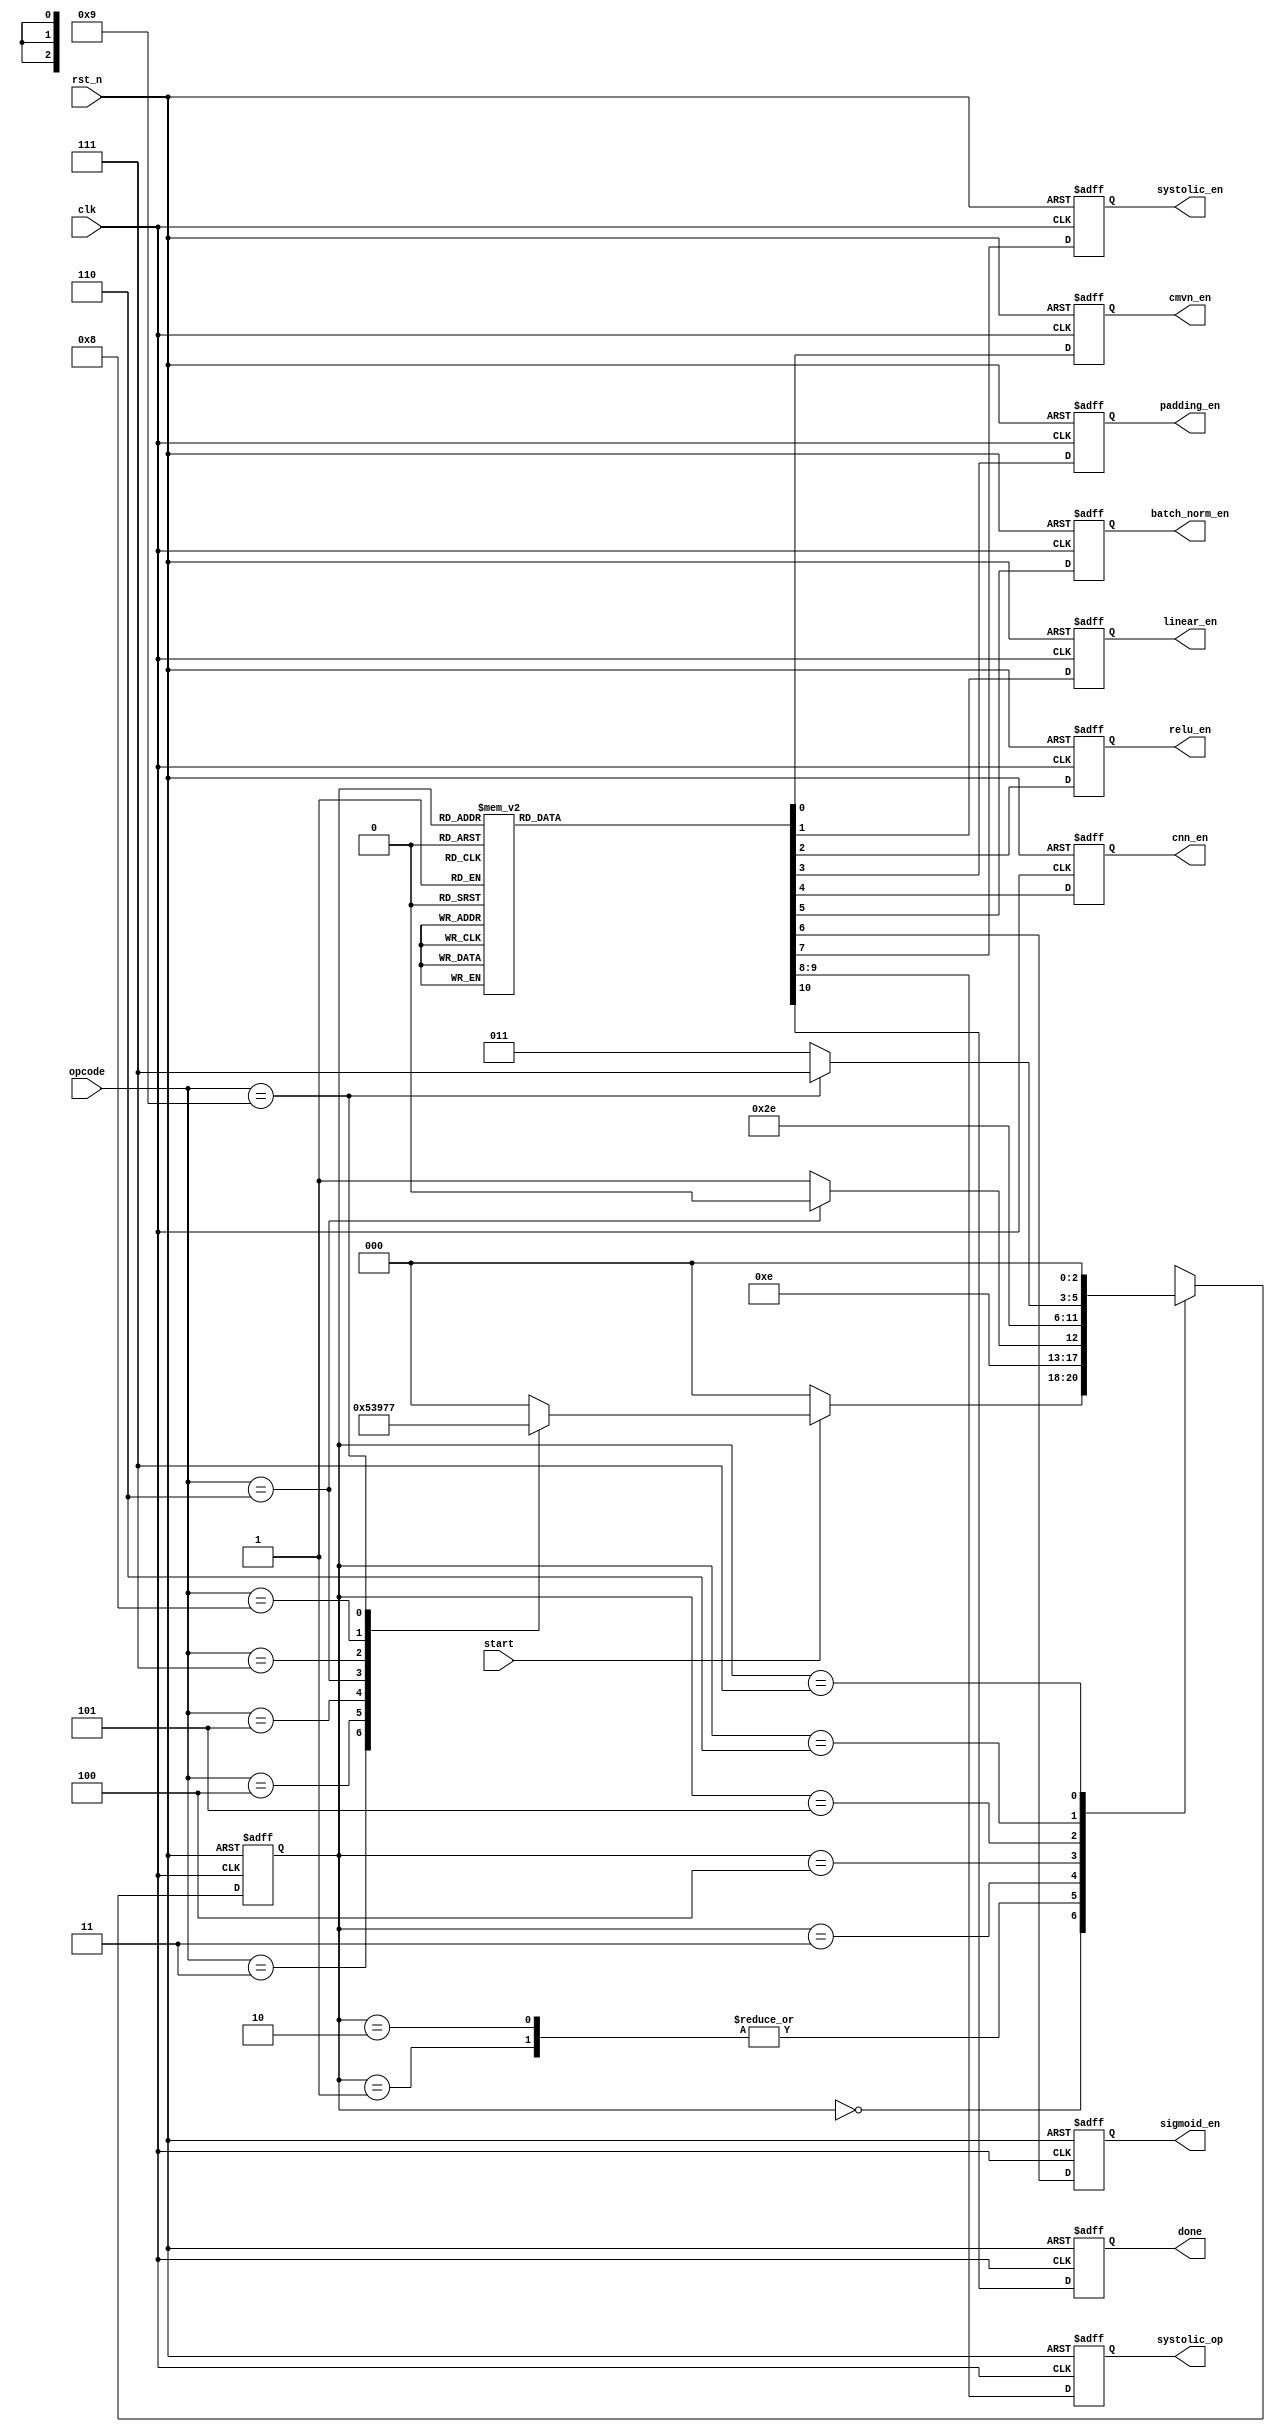
module kws_fsm (
  input wire clk,
  input wire rst_n,
  input wire start,
  input wire [3:0] opcode,
  output reg cmvn_en,
  output reg linear_en,
  output reg relu_en,
  output reg padding_en,
  output reg cnn_en,
  output reg batch_norm_en,
  output reg sigmoid_en,
  output reg systolic_en,
  output reg [1:0] systolic_op,
  output reg done
);

  // FSM states
  localparam IDLE = 3'b000;
  localparam CMVN = 3'b001;
  localparam LINEAR = 3'b010;
  localparam RELU = 3'b011;
  localparam PADDING = 3'b100;
  localparam CNN = 3'b101;
  localparam BATCH_NORM = 3'b110;
  localparam SIGMOID = 3'b111;

  reg [2:0] current_state;
  reg [2:0] next_state;

  // State transition logic
  always @(posedge clk or negedge rst_n) begin
    if (!rst_n) begin
      current_state <= IDLE;
    end else begin
      current_state <= next_state;
    end
  end

  // Next state logic
  always @(*) begin
    case (current_state)
      IDLE: begin
        if (start) begin
          case (opcode)
            4'b0011: next_state = CMVN;
            4'b0100: next_state = LINEAR;
            4'b0101: next_state = RELU;
            4'b0110: next_state = PADDING;
            4'b0111: next_state = CNN;
            4'b1000: next_state = BATCH_NORM;
            4'b1001: next_state = SIGMOID;
            default: next_state = IDLE;
          endcase
        end else begin
          next_state = IDLE;
        end
      end
      CMVN: next_state = RELU;
      LINEAR: next_state = RELU;
      RELU: begin
        if (opcode == 4'b0110) begin
          next_state = PADDING;
        end else begin
          next_state = CNN;
        end
      end
      PADDING: next_state = CNN;
      CNN: next_state = BATCH_NORM;
      BATCH_NORM: begin
        if (opcode == 4'b1001) begin
          next_state = SIGMOID;
        end else begin
          next_state = RELU;
        end
      end
      SIGMOID: next_state = IDLE;
      default: next_state = IDLE;
    endcase
  end

  // Output logic
  always @(posedge clk or negedge rst_n) begin
    if (!rst_n) begin
      cmvn_en <= 1'b0;
      linear_en <= 1'b0;
      relu_en <= 1'b0;
      padding_en <= 1'b0;
      cnn_en <= 1'b0;
      batch_norm_en <= 1'b0;
      sigmoid_en <= 1'b0;
      systolic_en <= 1'b0;
      systolic_op <= 2'b00;
      done <= 1'b0;
    end else begin
      case (current_state)
        IDLE: begin
          cmvn_en <= 1'b0;
          linear_en <= 1'b0;
          relu_en <= 1'b0;
          padding_en <= 1'b0;
          cnn_en <= 1'b0;
          batch_norm_en <= 1'b0;
          sigmoid_en <= 1'b0;
          systolic_en <= 1'b0;
          systolic_op <= 2'b00;
          done <= 1'b0;
        end
        CMVN: begin
          cmvn_en <= 1'b1;
          linear_en <= 1'b0;
          relu_en <= 1'b0;
          padding_en <= 1'b0;
          cnn_en <= 1'b0;
          batch_norm_en <= 1'b0;
          sigmoid_en <= 1'b0;
          systolic_en <= 1'b0;
          systolic_op <= 2'b00;
          done <= 1'b0;
        end
        LINEAR: begin
          cmvn_en <= 1'b0;
          linear_en <= 1'b1;
          relu_en <= 1'b0;
          padding_en <= 1'b0;
          cnn_en <= 1'b0;
          batch_norm_en <= 1'b0;
          sigmoid_en <= 1'b0;
          systolic_en <= 1'b1;
          systolic_op <= 2'b00; // Matrix multiplication
          done <= 1'b0;
        end
        RELU: begin
          cmvn_en <= 1'b0;
          linear_en <= 1'b0;
          relu_en <= 1'b1;
          padding_en <= 1'b0;
          cnn_en <= 1'b0;
          batch_norm_en <= 1'b0;
          sigmoid_en <= 1'b0;
          systolic_en <= 1'b0;
          systolic_op <= 2'b00;
          done <= 1'b0;
        end
        PADDING: begin
          cmvn_en <= 1'b0;
          linear_en <= 1'b0;
          relu_en <= 1'b0;
          padding_en <= 1'b1;
          cnn_en <= 1'b0;
          batch_norm_en <= 1'b0;
          sigmoid_en <= 1'b0;
          systolic_en <= 1'b0;
          systolic_op <= 2'b00;
          done <= 1'b0;
        end
        CNN: begin
          cmvn_en <= 1'b0;
          linear_en <= 1'b0;
          relu_en <= 1'b0;
          padding_en <= 1'b0;
          cnn_en <= 1'b1;
          batch_norm_en <= 1'b0;
          sigmoid_en <= 1'b0;
          systolic_en <= 1'b1;
          systolic_op <= 2'b01; // Convolution
          done <= 1'b0;
        end
        BATCH_NORM: begin
          cmvn_en <= 1'b0;
          linear_en <= 1'b0;
          relu_en <= 1'b0;
          padding_en <= 1'b0;
          cnn_en <= 1'b0;
          batch_norm_en <= 1'b1;
          sigmoid_en <= 1'b0;
          systolic_en <= 1'b0;
          systolic_op <= 2'b00;
          done <= 1'b0;
        end
        SIGMOID: begin
          cmvn_en <= 1'b0;
          linear_en <= 1'b0;
          relu_en <= 1'b0;
          padding_en <= 1'b0;
          cnn_en <= 1'b0;
          batch_norm_en <= 1'b0;
          sigmoid_en <= 1'b1;
          systolic_en <= 1'b0;
          systolic_op <= 2'b00;
          done <= 1'b1;
        end
        default: begin
          cmvn_en <= 1'b0;
          linear_en <= 1'b0;
          relu_en <= 1'b0;
          padding_en <= 1'b0;
          cnn_en <= 1'b0;
          batch_norm_en <= 1'b0;
          sigmoid_en <= 1'b0;
          systolic_en <= 1'b0;
          systolic_op <= 2'b00;
          done <= 1'b0;
        end
      endcase
    end
  end

endmodule